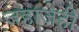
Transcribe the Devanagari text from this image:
जहाजेही